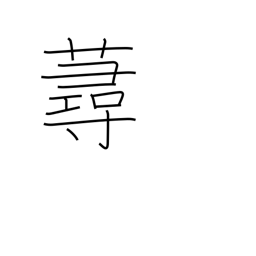
Meaning: a kind of grass